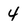
Character: 4